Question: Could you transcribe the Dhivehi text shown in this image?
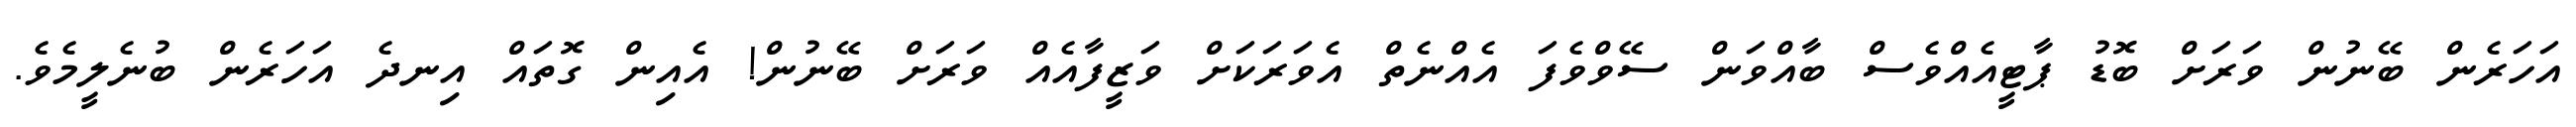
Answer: އަހަރެން ބޭނުން ވަރަށް ބޮޑު ޕާޓީއެއްވެސް ބާއްވަން ސޭވްވެފަ އެއްނެތް އެވަރަކަށް ވަޒީފާއެއް ވަރަށް ބޭނުން! އެއިން ގޮތައް އިނދެ އަހަރެން ބުނެލީމެވެ.